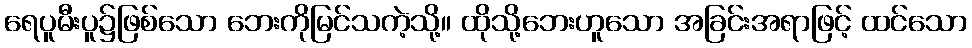
ရေပူမီးပူ၌ဖြစ်သော ဘေးကိုမြင်သကဲ့သို့။ ထိုသို့ဘေးဟူသော အခြင်းအရာဖြင့် ထင်သော